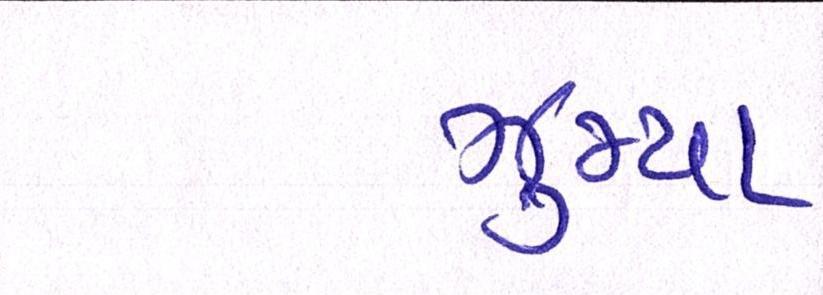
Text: ઝુમ્યા